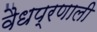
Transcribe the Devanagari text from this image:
वैधप्रणाली